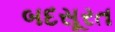
બદસૂરત